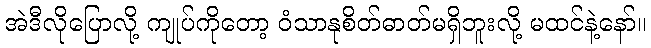
အဲဒီလိုပြောလို့ ကျုပ်ကိုတော့ ဝံသာနုစိတ်ဓာတ်မရှိဘူးလို့ မထင်နဲ့နော်။